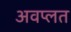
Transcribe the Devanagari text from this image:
अवप्लत